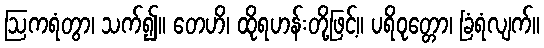
ဩကရံတွာ၊ သက်၍။ တေဟိ၊ ထိုရဟန်းတို့ဖြင့်။ ပရိဝုတ္တော၊ ခြံရံလျက်။